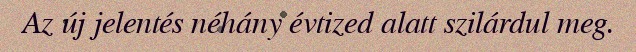
Az új jelentés néhány évtized alatt szilárdul meg.